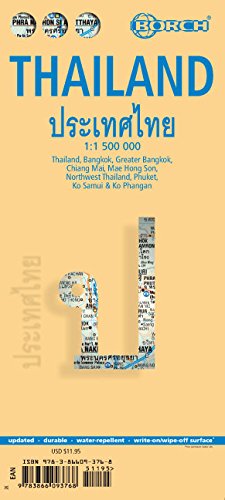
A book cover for Laminated Thailand Map by Borch (English Edition); Borch; Travel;